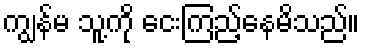
ကျွန်မ သူ့ကို ငေးကြည့်နေမိသည်။